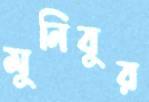
মুনিবুর